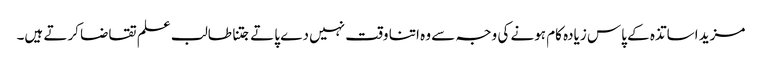
مزید اساتذہ کے پاس زیادہ کام ہونے کی وجہ سے وہ اتنا وقت نہیں دے پاتے جتنا طالب علم تقاضا کرتے ہیں۔